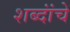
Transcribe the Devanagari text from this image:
शब्दांंचे